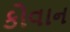
કોવાન